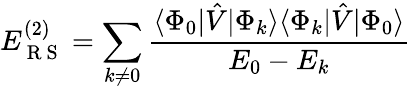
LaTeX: E_{\mathrm{~R~S~}}^{(2)}=\sum_{k\neq 0}\frac{\langle\Phi_{0}|\hat{V}|\Phi_{k}\rangle\langle\Phi_{k}|\hat{V}|\Phi_{0}\rangle}{E_{0}-E_{k}}